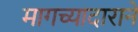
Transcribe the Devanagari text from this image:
मागच्यादाराने